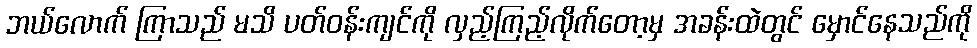
ဘယ်လောက် ကြာသည် မသိ ပတ်ဝန်းကျင်ကို လှည့်ကြည့်လိုက်တော့မှ အခန်းထဲတွင် မှောင်နေသည်ကို